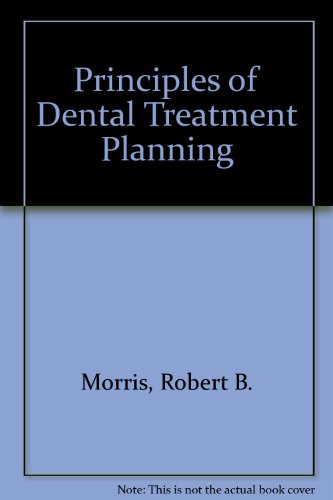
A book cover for Principles of Dental Treatment Planning; Robert B. Morris; Medical Books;